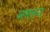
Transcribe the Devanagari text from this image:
नमरुद